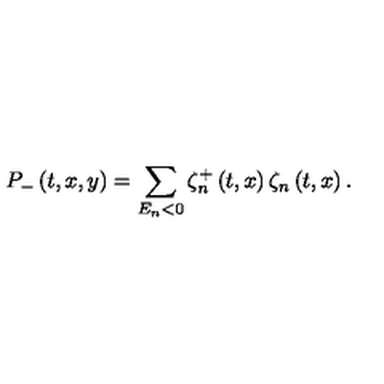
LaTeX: P _ { - } \left( t , x , y \right) = \sum _ { E _ { n } < 0 } \zeta _ { n } ^ { + } \left( t , x \right) \zeta _ { n } \left( t , x \right) .